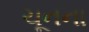
ચૂનના